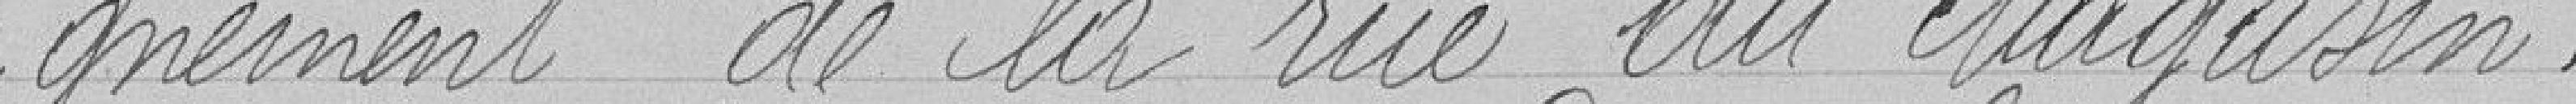
gnement de la rue du Magasin.